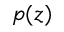
p ( z )